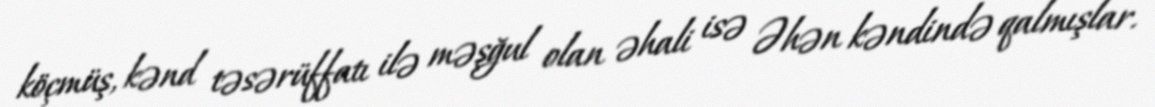
köçmüş, kənd təsərüffatı ilə məşğul olan əhali isə Əhən kəndində qalmışlar.